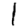
Digit: 1